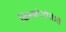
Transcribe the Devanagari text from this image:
किस्कोजोसेजी